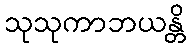
သုသုကာဘယန္တိ